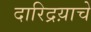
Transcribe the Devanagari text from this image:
दारिद्रय़ाचे